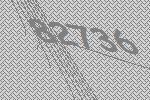
82736